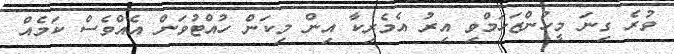
ވުރެ ގިނަ މީހުންޒަހަމްވި އިރު އެމެރިކާ އިން މިކަން ހުއްޓުވަން އެއްވެސް ކަމެއް